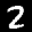
Label: 2